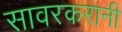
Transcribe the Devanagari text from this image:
सावरकरानी